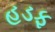
હડફ